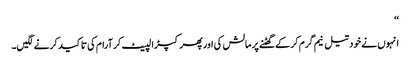
‘‘
انہوں نے خود تیل نیم گرم کر کے گھٹنے پر مالش کی اور پھر کپڑا لپیٹ کر آرام کی تاکید کرنے لگیں۔